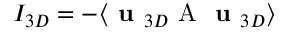
I _ { 3 D } = - \langle \textbf { u } _ { 3 D } \mathrm { ~ A ~ } \textbf { u } _ { 3 D } \rangle